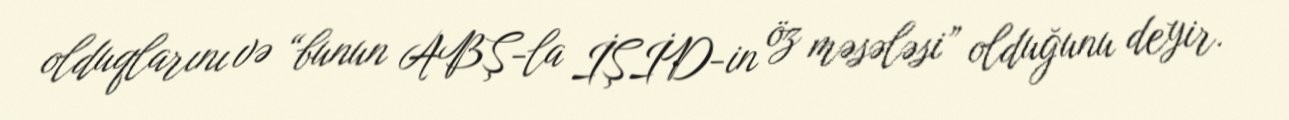
olduqlarını və “bunun ABŞ-la İŞİD-in öz məsələsi” olduğunu deyir.